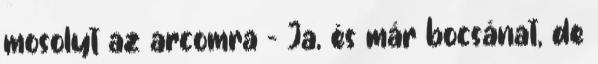
mosolyt az arcomra – Ja, és már bocsánat, de